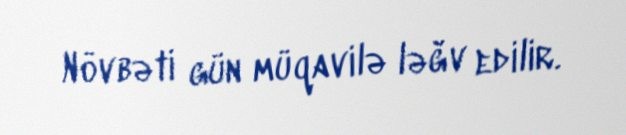
Növbəti gün müqavilə ləğv edilir.